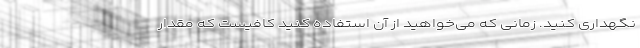
نگهداری کنید. زمانی که می‌خواهید از آن استفاده کنید کافیست که مقدار